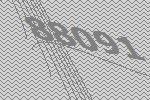
88091